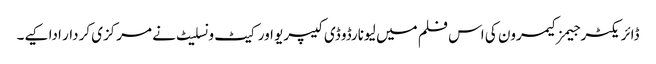
ڈائریکٹر جیمز کیمرون کی اس فلم میں لیونارڈو ڈی کیپریو اور کیٹ ونسلیٹ نے مرکزی کردار ادا کیے۔